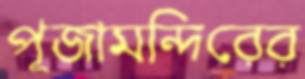
পূজামন্দিরের